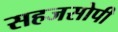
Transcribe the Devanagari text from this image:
सहजसोपी